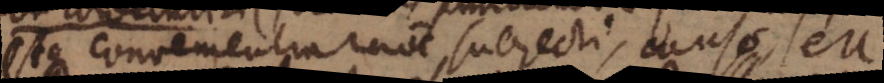
Estque convenientia ratione subjecti, causae